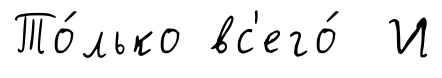
То́лько вс'его́ И